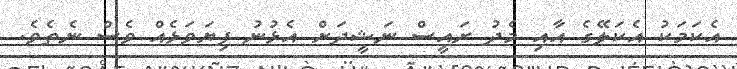
އެކަމަކު އެކަލޭގެ އާއި މެދު ރައީސް ނަޝީދަށް އެޅުނު ފިޔަވަޅެއް ވެސް ނެތެވެ.